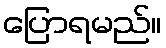
ပြောရမည်။